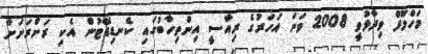
މަހްލޫފް ވިދާޅުވީ 2008 ވަނަ އަހަރުގެ ރިއާސީ އިންތިހާބުގައި ކެނޑިޑޭޓުން އެކި ރަށްރަށަށް